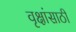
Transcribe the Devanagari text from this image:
वृक्षांसाठी